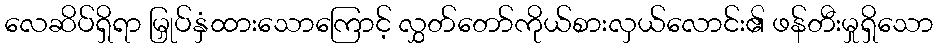
လေဆိပ်ရှိရာ မြှုပ်နှံထားသောကြောင့် လွှတ်တော်ကိုယ်စားလှယ်လောင်း၏ ဖန်တီးမှုရှိသော